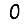
Digit: 0